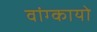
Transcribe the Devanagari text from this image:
वांग्कायो